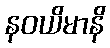
နဝယိမာနိ